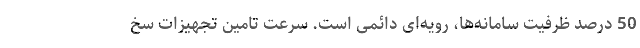
50 درصد ظرفیت سامانه‌ها، رویه‌ای دائمی است. سرعت تامین تجهیزات سخ